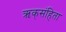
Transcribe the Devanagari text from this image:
ऋक्‌संहिता